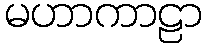
မဟာကာဠာ